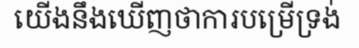
យើងនឹងឃើញថាការបម្រើទ្រង់